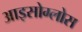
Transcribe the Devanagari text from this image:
आइसोग्लोस